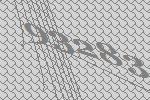
93283